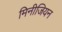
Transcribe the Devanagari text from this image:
मिनीजियन